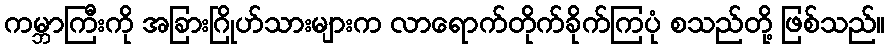
ကမ္ဘာကြီးကို အခြားဂြိုဟ်သားများက လာရောက်တိုက်ခိုက်ကြပုံ စသည်တို့ ဖြစ်သည်။